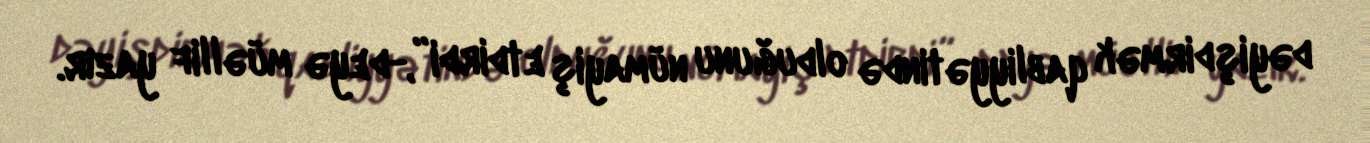
dəyişdirmək qabliyyətində olduğunu nümayiş etdirdi”,-deyə müəllif yazır.